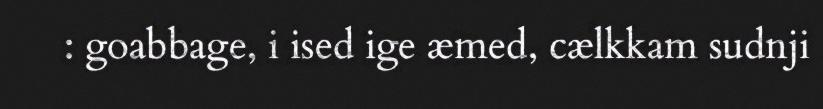
: goabbage, i ised ige æmed, cælkkam sudnji